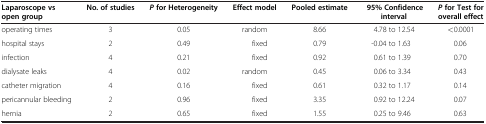
| Laparoscope vs open group | No. of studies | Pfor Heterogeneity | Effect model | Pooled estimate | 95% Confidence interval | Pfor Test for overall effect |
 | --- | --- | --- | --- | --- | --- | --- |
 | operating times | 3 | 0.05 | random | 8.66 | 4.78 to 12.54 | <0.0001 |
 | hospital stays | 2 | 0.49 | fixed | 0.79 | -0.04 to 1.63 | 0.06 |
 | infection | 4 | 0.21 | fixed | 0.92 | 0.61 to 1.39 | 0.70 |
 | dialysate leaks | 4 | 0.02 | random | 0.45 | 0.06 to 3.34 | 0.43 |
 | catheter migration | 4 | 0.16 | fixed | 0.61 | 0.32 to 1.17 | 0.14 |
 | pericannular bleeding | 2 | 0.96 | fixed | 3.35 | 0.92 to 12.24 | 0.07 |
 | hernia | 2 | 0.65 | fixed | 1.55 | 0.25 to 9.46 | 0.63 |